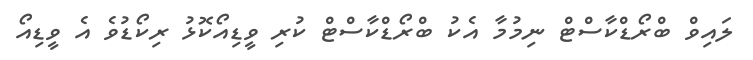
ލައިވް ބްރޯޑްކާސްޓް ނިމުމާ އެކު ބްރޯޑްކާސްޓް ކުރި ވީޑިއޯކޮޅު ރިކޯޑުވެ އެ ވީޑިއޯ